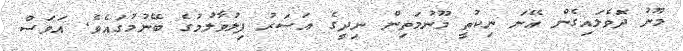
މޫނު ދޮވެލައިގެން އޭނަ ނިކުތީ މޫނުމަތިން ނިދީގެ އަސަރު ފިލުވާލުމުގެ ބޭނުމުގައެވެ. އަވަސް